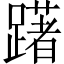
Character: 躇